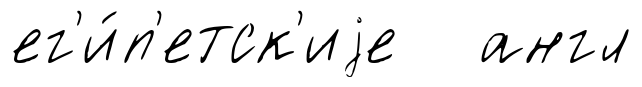
ег'и́п'етск'иjе англ